Riigikantselei, lk 197
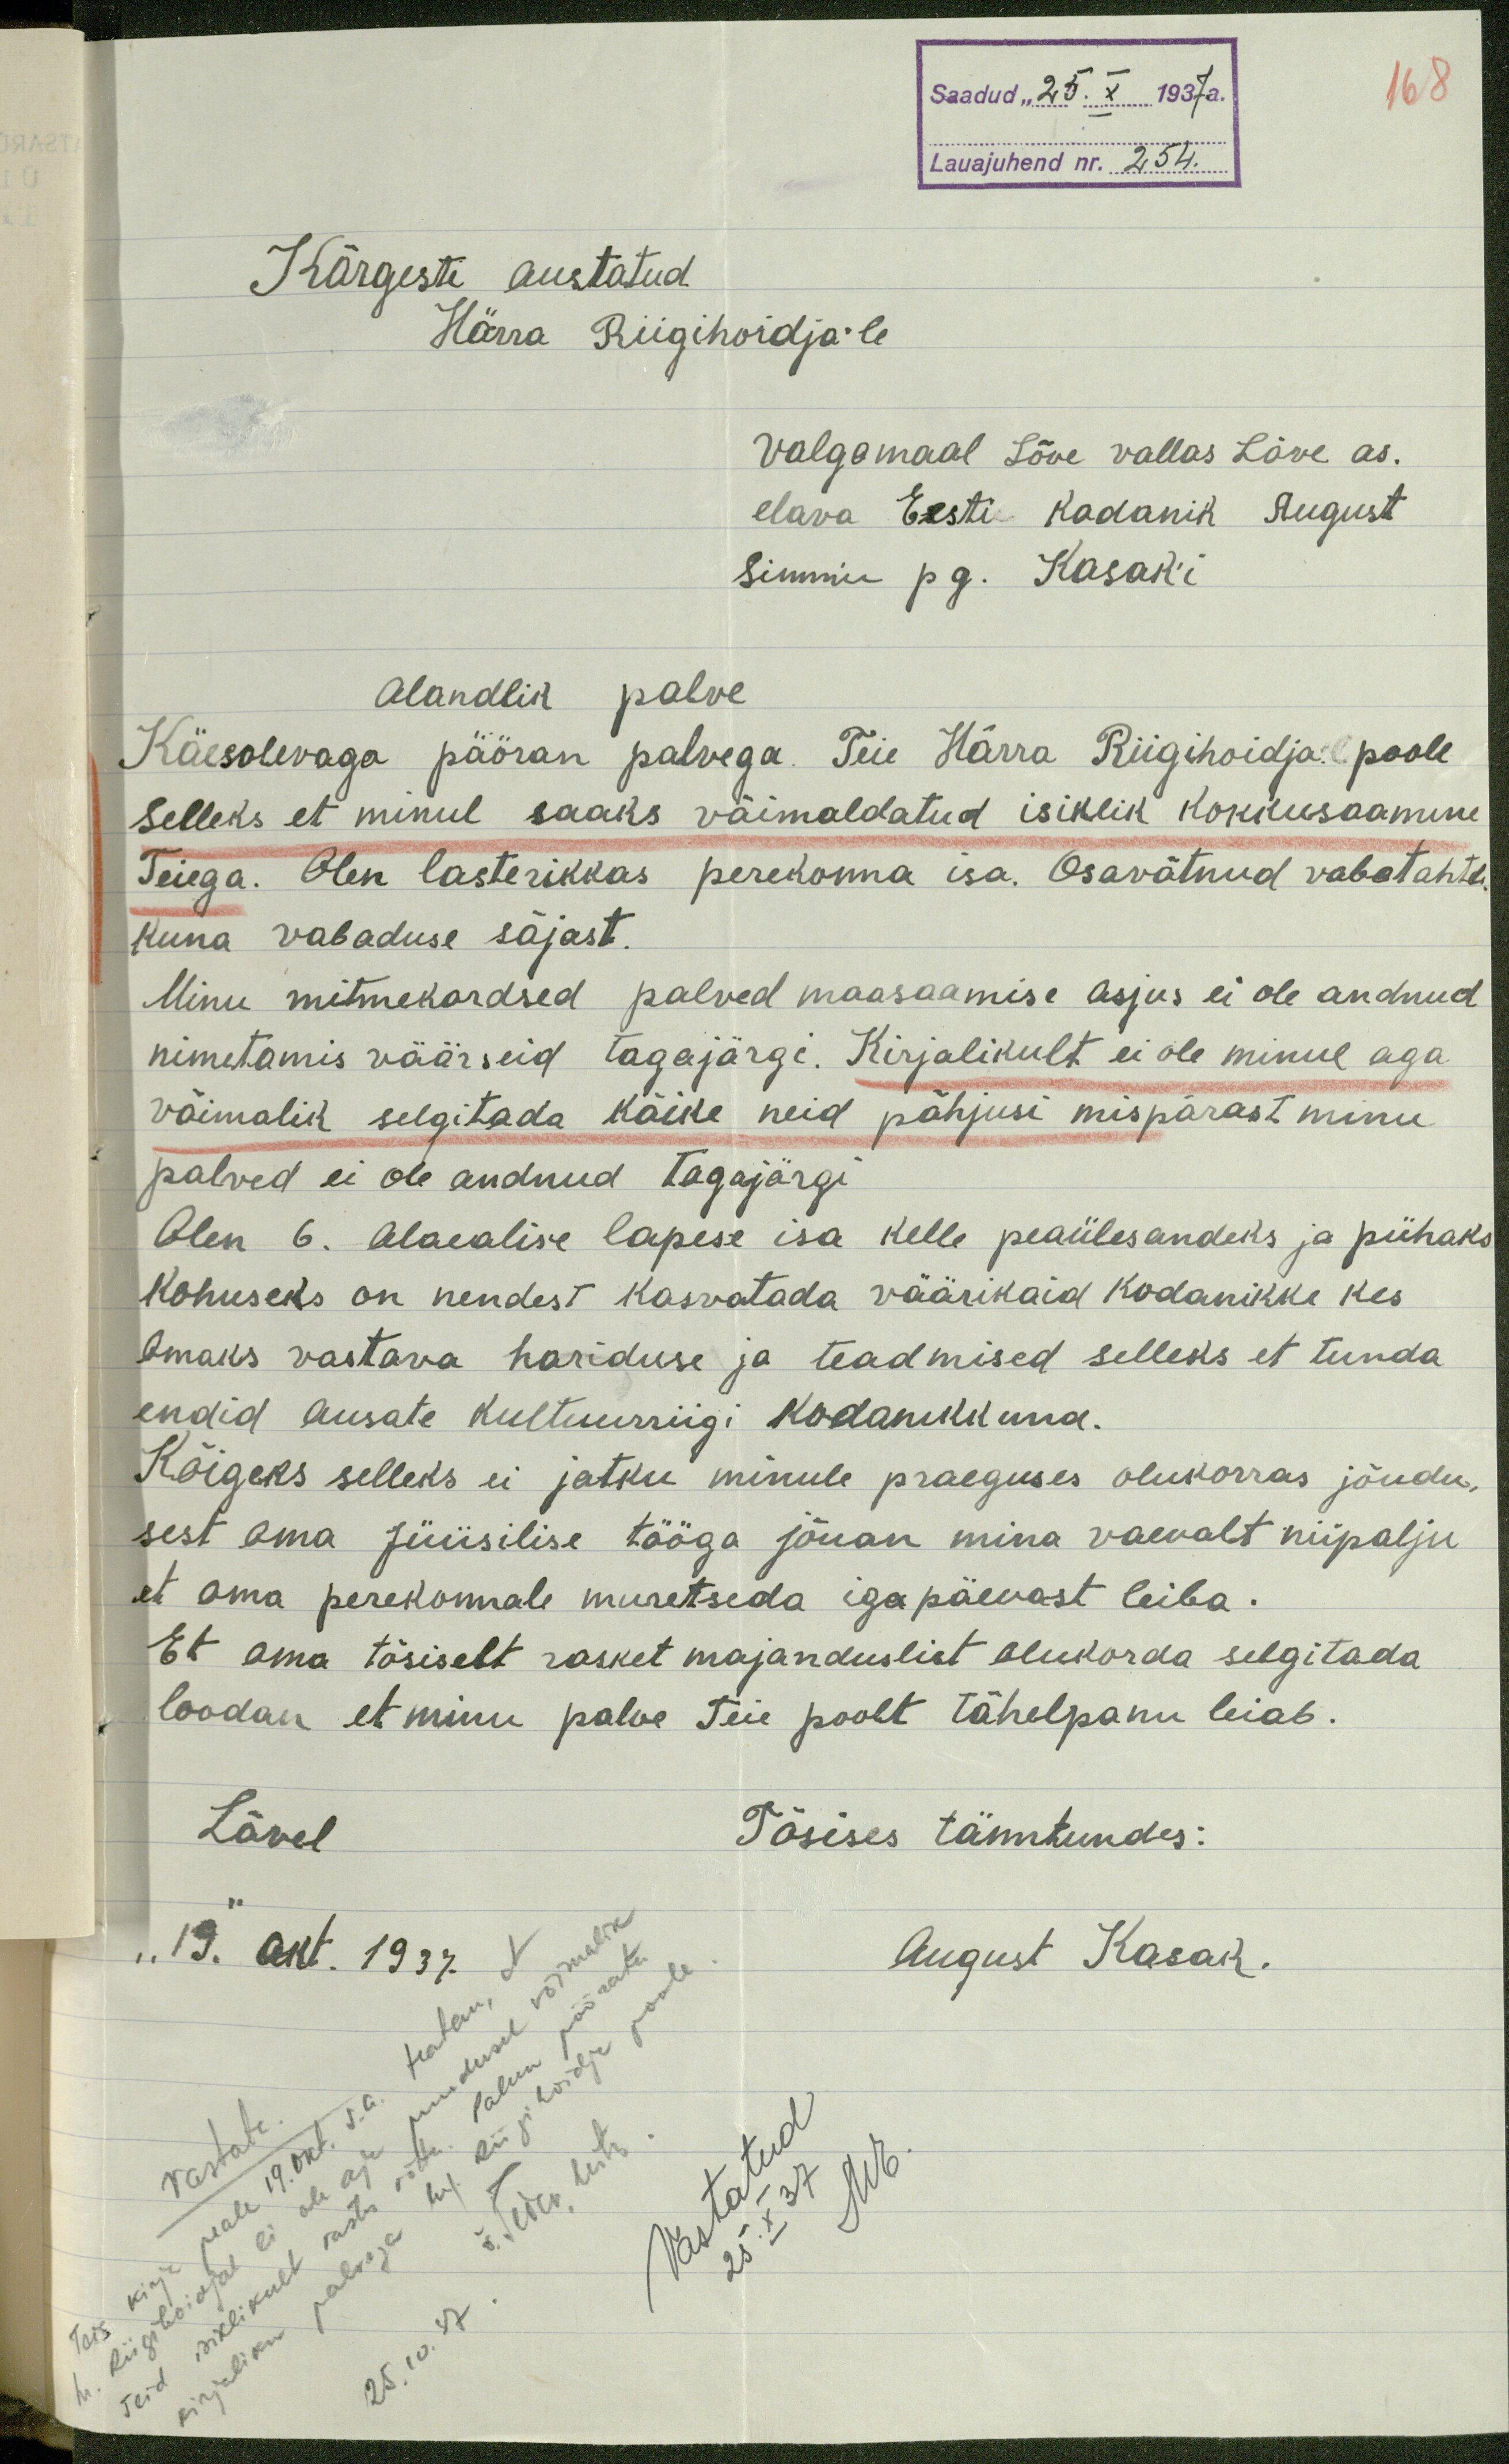
168
Saadud "25. X 1937a.
Lauajuhend nr. 254.
Kõrgesti austatud
Härra Riigihoidja'le
Valgamaal Lõve vallas Lõve as.
elava Eesti Kodanik August
Simmu pg. Kasak'i
Alandlik palve
Käesolevaga pööran palvega Teie Härra Riigihoidja poole
selleks et minul saaks võimaldatud isiklik kokkusaamine
Teiega. Olen lasterikkas perekonna isa. Osavõtnud vabatahtli-
kuna vabaduse sõjast.
Minu mitmekordsed palved maasaamise asjus ei ole andnud
nimetamis väärseid tagajärgi. Kirjalikult ei ole minul aga
võimalik selgitada kõike neid põhjusi mispärast minu
palved ei ole andnud tagajärgi
Olen 6. alaealise lapese isa kelle peaülesandeks ja pühaks
kohuseks on nendest kasvatada väärikaid kodanikke kes
omaks vastava hariduse ja teadmised selleks et tunda
endid ausate kultuurriigi kodanikkuna.
Kõigeks selleks ei jatku minule praeguses olukorras jõudu,
sest oma füüsilise tööga jõuan mina vaevalt niipalju
et oma perekonnale muretseda igapäevast leiba.
Et oma tõsiselt rasket majanduslist olukorda selgitada
loodan et minu palve Teie poolt tähelpanu leiab.
Lõvel
Tõsises tänutundes:
"19." okt. 1937.
August Kasak.
Vastata.
25. X 37 ME.
Vastatud
25. 10. 37